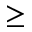
\geq